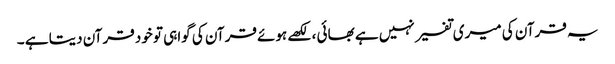
یہ قرآن کی میری تفسیر نہیں ہے بھائی ، لکھے ہوئے قرآن کی گواہی تو خود قرآن دیتا ہے ۔